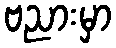
ဗညားမှာ